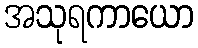
အသုရကာယော